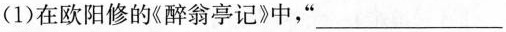
(1)在欧阳修的《醉翁亭记》中，”___